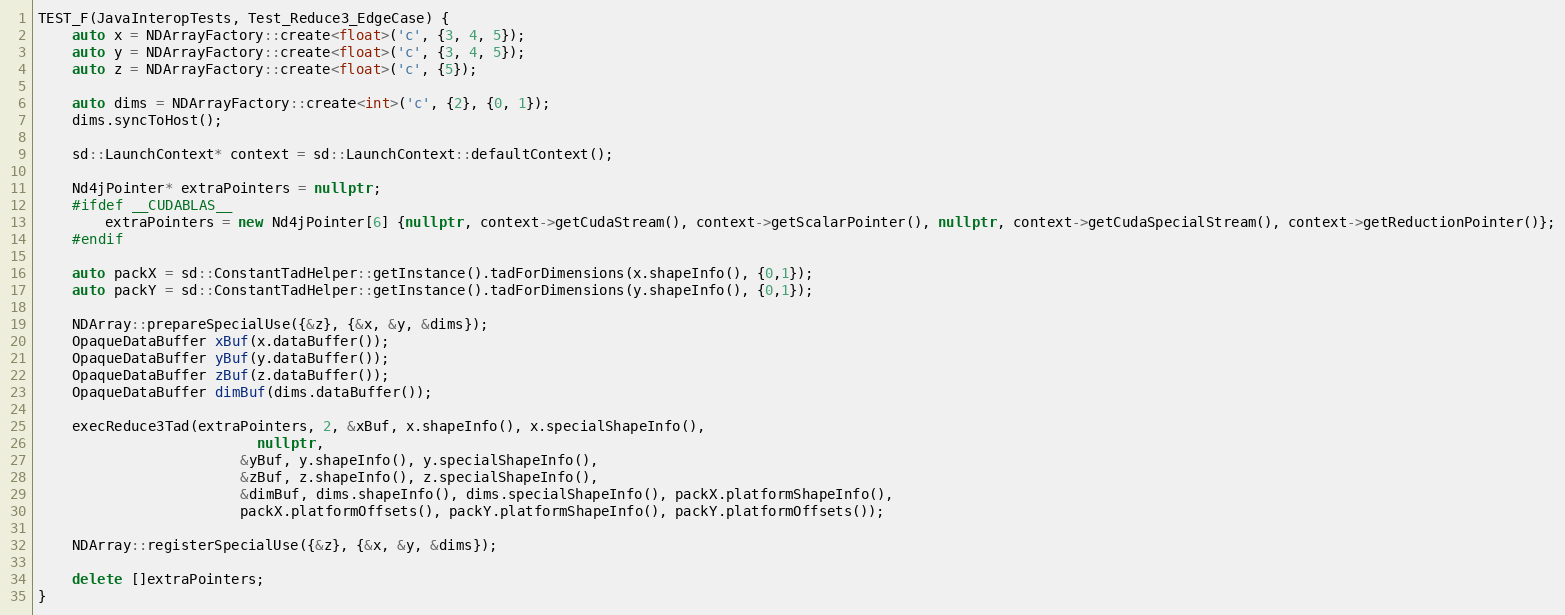
Language: C++
TEST_F(JavaInteropTests, Test_Reduce3_EdgeCase) {
    auto x = NDArrayFactory::create<float>('c', {3, 4, 5});
    auto y = NDArrayFactory::create<float>('c', {3, 4, 5});
    auto z = NDArrayFactory::create<float>('c', {5});

    auto dims = NDArrayFactory::create<int>('c', {2}, {0, 1});
    dims.syncToHost();

    sd::LaunchContext* context = sd::LaunchContext::defaultContext();

    Nd4jPointer* extraPointers = nullptr;
    #ifdef __CUDABLAS__
        extraPointers = new Nd4jPointer[6] {nullptr, context->getCudaStream(), context->getScalarPointer(), nullptr, context->getCudaSpecialStream(), context->getReductionPointer()};
    #endif

    auto packX = sd::ConstantTadHelper::getInstance().tadForDimensions(x.shapeInfo(), {0,1});
    auto packY = sd::ConstantTadHelper::getInstance().tadForDimensions(y.shapeInfo(), {0,1});

    NDArray::prepareSpecialUse({&z}, {&x, &y, &dims});
    OpaqueDataBuffer xBuf(x.dataBuffer());
    OpaqueDataBuffer yBuf(y.dataBuffer());
    OpaqueDataBuffer zBuf(z.dataBuffer());
    OpaqueDataBuffer dimBuf(dims.dataBuffer());

    execReduce3Tad(extraPointers, 2, &xBuf, x.shapeInfo(), x.specialShapeInfo(),
                          nullptr,
                        &yBuf, y.shapeInfo(), y.specialShapeInfo(),
                        &zBuf, z.shapeInfo(), z.specialShapeInfo(),
                        &dimBuf, dims.shapeInfo(), dims.specialShapeInfo(), packX.platformShapeInfo(),
                        packX.platformOffsets(), packY.platformShapeInfo(), packY.platformOffsets());

    NDArray::registerSpecialUse({&z}, {&x, &y, &dims});

    delete []extraPointers;
}